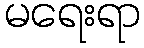
မရေးရာ